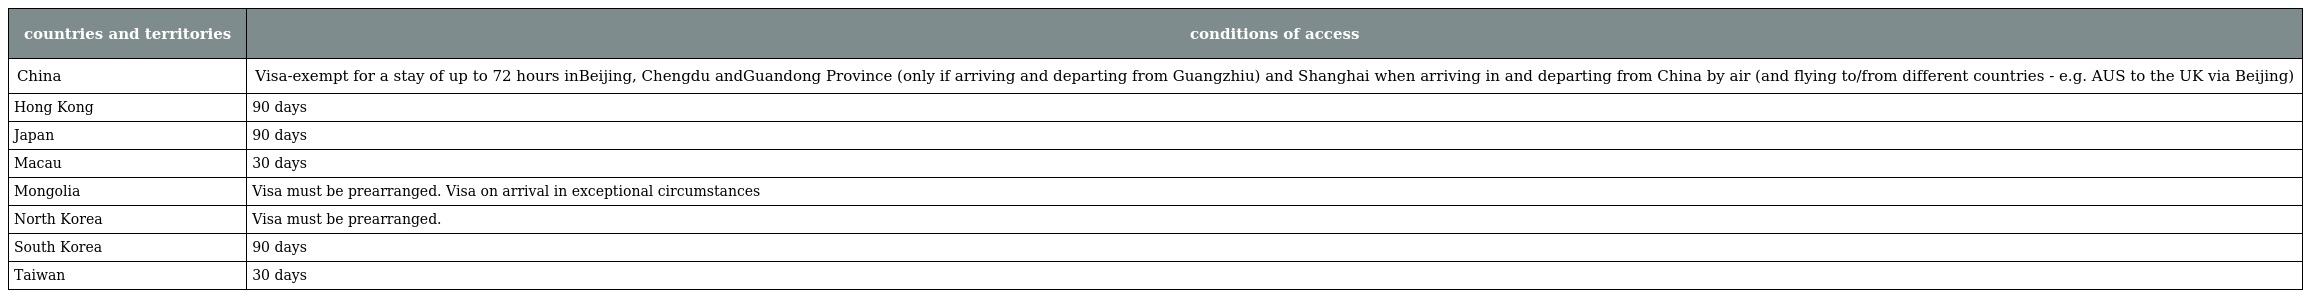
| countries and territories | conditions of access |
 | --- | --- |
 | China | Visa-exempt for a stay of up to 72 hours inBeijing, Chengdu andGuandong Province (only if arriving and departing from Guangzhiu) and Shanghai when arriving in and departing from China by air (and flying to/from different countries - e.g. AUS to the UK via Beijing) |
 | Hong Kong | 90 days |
 | Japan | 90 days |
 | Macau | 30 days |
 | Mongolia | Visa must be prearranged. Visa on arrival in exceptional circumstances |
 | North Korea | Visa must be prearranged. |
 | South Korea | 90 days |
 | Taiwan | 30 days |